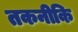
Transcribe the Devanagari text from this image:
तकनीकि